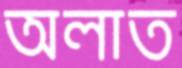
অলাত